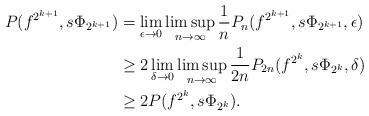
LaTeX: \begin{align*}P(f^{2^{k+1}}, s\Phi_{2^{k+1}})&= \lim_{\epsilon \rightarrow 0} \limsup_{n \rightarrow \infty} \frac{1}{n} P_n(f^{2^{k+1}}, s\Phi_{2^{k+1}}, \epsilon)\\&\geq 2\lim_{\delta \rightarrow 0} \limsup_{n \rightarrow \infty} \frac{1}{2n} P_{2n}(f^{2^k}, s\Phi_{2^k}, \delta)\\&\geq 2P(f^{2^k}, s\Phi_{2^k}).\end{align*}